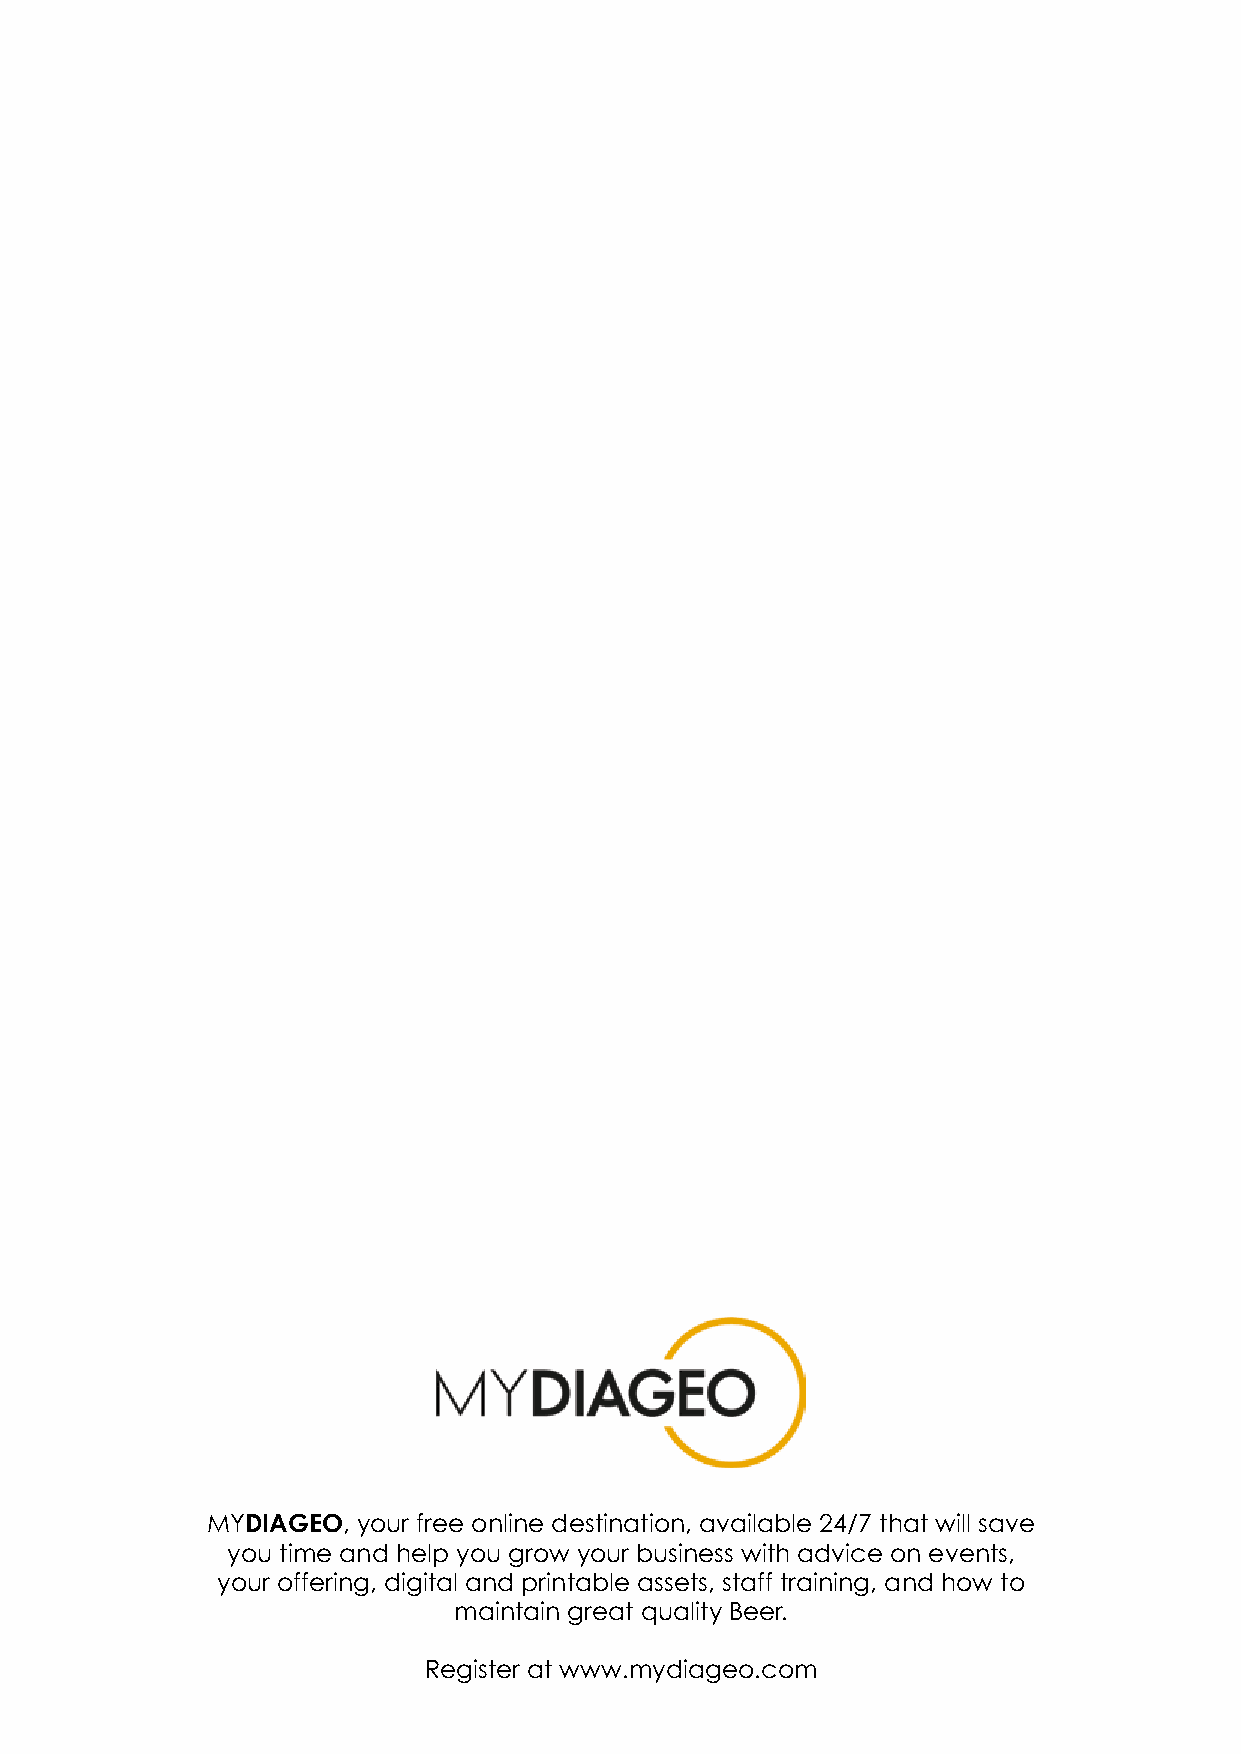
MYDIAGEO, your free online destination, available 24/7 that will save
 you time and help you grow your business with advice on events,
 your offering, digital and printable assets, staff training, and how to
 maintain great quality Beer.
 Register at www.mydiageo.com